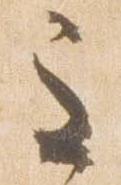
主